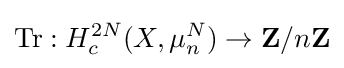
\operatorname {Tr} :H_{c}^{2N}(X,\mu _{n}^{N})\rightarrow \mathbf {Z} /n\mathbf {Z}